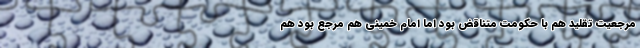
مرجعیت تقلید هم با حکومت متناقض بود اما امام خمینی هم مرجع بود هم